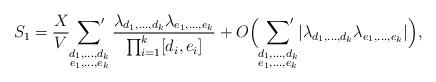
LaTeX: \begin{align*}S_1=\frac{X}{V}\sideset{}{^\prime}\sum_{\substack{d_1,\ldots,d_k\\e_1,\ldots,e_k}}\frac{\lambda_{d_1,\ldots,d_k}\lambda_{e_1,\ldots,e_k}}{\prod_{i=1}^k[d_i,e_i]}+O\Bigl(\sideset{}{^\prime}\sum_{\substack{d_1,\ldots,d_k\\e_1,\ldots,e_k}}\lvert\lambda_{d_1,\ldots,d_k}\lambda_{e_1,\ldots,e_k}\rvert\Bigr),\end{align*}